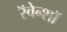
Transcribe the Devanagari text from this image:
रॅवेन्शॉ